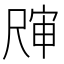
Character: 𰎀